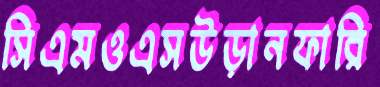
সিএমওএসউড়ানফারি